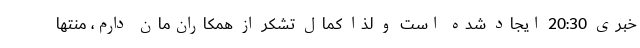
خبری 20:30 ایجاد شده است و لذا کمال تشکر از همکاران‌مان دارم، منتها